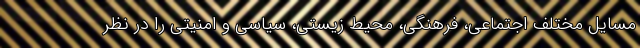
مسایل مختلف اجتماعی، فرهنگی، محیط زیستی، سیاسی و امنیتی را در نظر